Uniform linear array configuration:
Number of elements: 24
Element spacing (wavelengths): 0.5
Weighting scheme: kaiser
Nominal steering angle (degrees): -45
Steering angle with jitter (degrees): -43.574
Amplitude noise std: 0.05
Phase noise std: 0.05

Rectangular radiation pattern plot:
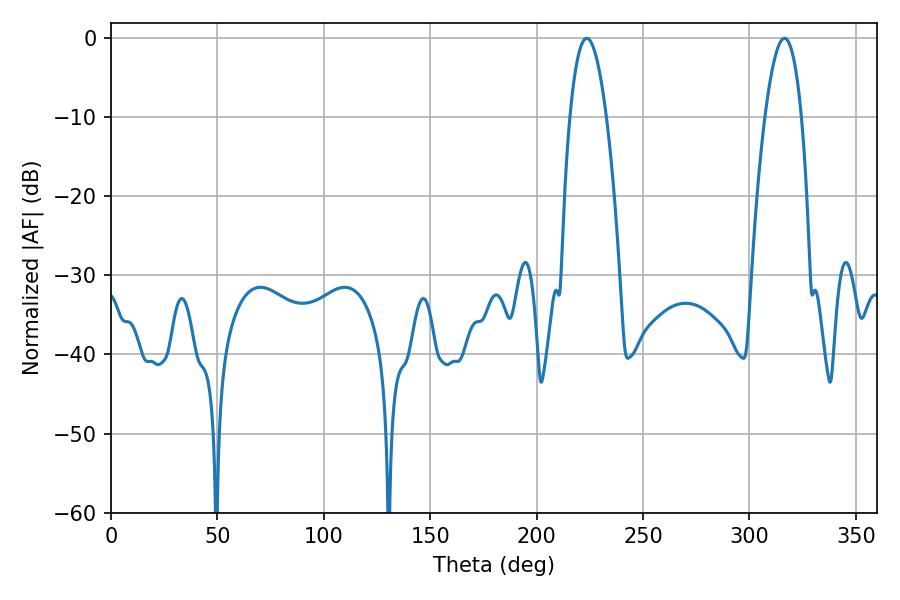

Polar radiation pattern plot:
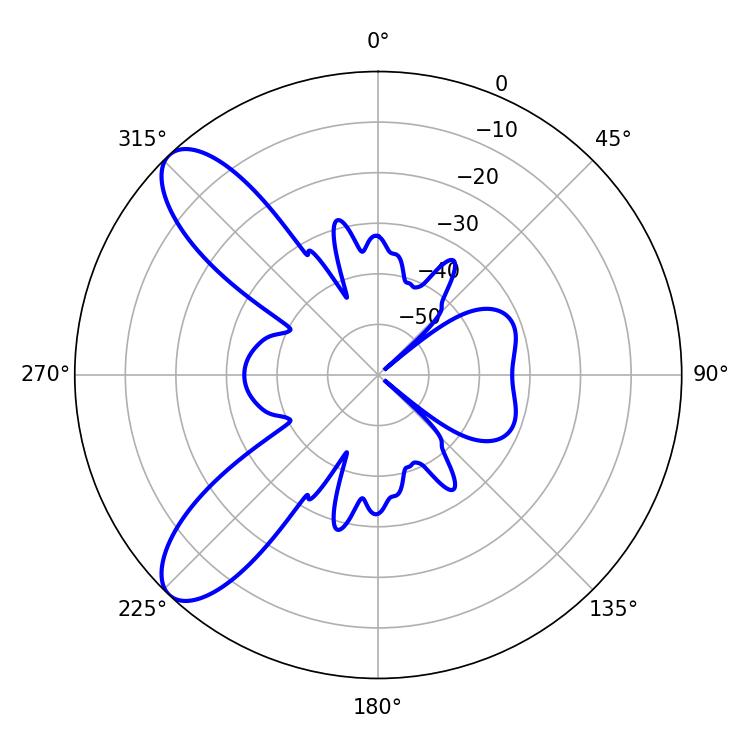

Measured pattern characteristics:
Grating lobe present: FALSE
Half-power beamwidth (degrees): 9.36
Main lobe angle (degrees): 223.56